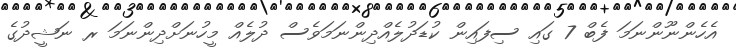
އެހެންނޫންނަމަ ފެބް 7 ގައި ސިފައިން ކުޑަދުލެއްދިންނަމަވެސް ދުލެއް މީހުނަށްދިންނަމަ ރ ނަޝީދުގެ